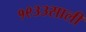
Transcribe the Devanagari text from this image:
१९३३साली